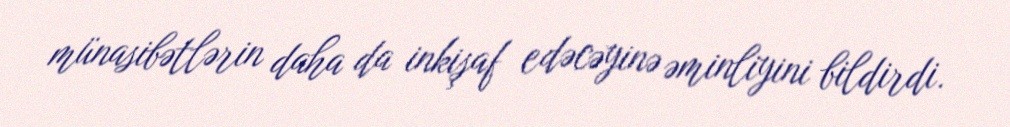
münasibətlərin daha da inkişaf edəcəyinə əminliyini bildirdi.